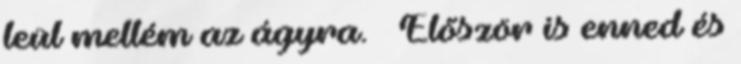
leül mellém az ágyra. – Először is enned és